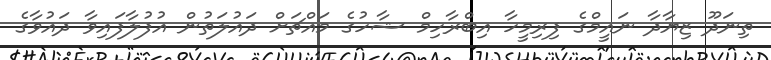
ތިނަދޫ ޒިޔާދާ ނައީމްގެ ފިރިމީހާ އިބްރާހިމް ޝާހުގެ މައްޗަށް ދައުލަތުން އުފުލާފައިވާ ދައުވާގެ